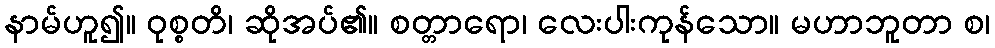
နာမ်ဟူ၍။ ဝုစ္စတိ၊ ဆိုအပ်၏။ စတ္တာရော၊ လေးပါးကုန်သော။ မဟာဘူတာ စ၊